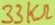
Text: 33KΩ